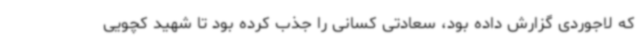
که لاجوردی گزارش داده بود، سعادتی کسانی را جذب کرده بود تا شهید کچویی